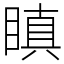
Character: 瞋